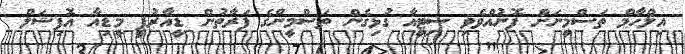
އިލްހާމް ތަސްމީނަށް ފޮނުއްވެވި ސިޓީއާ ގުޅިގެން ތަސްމީންގެ ފަރާތުން ޑީއާރުޕީ މީޑިއާ އޮފިޝަލް